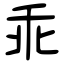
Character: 乖